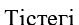
Тістегі